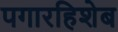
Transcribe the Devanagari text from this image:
पगारहिशेब